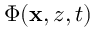
\Phi ( \mathbf { x } , z , t )